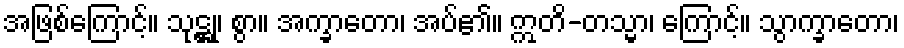
အဖြစ်ကြောင့်။ သုဋ္ဌု၊ စွာ။ အက္ခာတော၊ အပ်၏။ ဣတိ-တသ္မာ၊ ကြောင့်။ သွာက္ခာတော၊